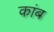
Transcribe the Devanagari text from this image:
कांब